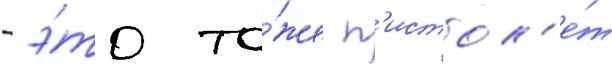
- э́то то́же п'истол'е́т